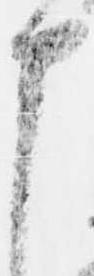
申